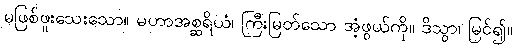
မဖြစ်ဖူးသေးသော။ မဟာအစ္ဆရိယံ၊ ကြီးမြတ်သော အံ့ဖွယ်ကို။ ဒိသွာ၊ မြင်၍။